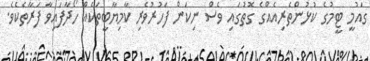
ގައުމީ ޓީމުގެ ކުޅުންތެރިއެއްގެ ގޮތުގައި ވެސް ނިކަން ފަހުރުވެރި ކާމިޔާބީތަކެއް ހޯދާފައިވާ ފަރާތެކެވެ.